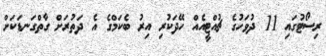
ރިސޯޓުގައި 11 ދުވަހުގެ ޗުއްޓީއެއް ހޭދަކުރި އިރު ބެކަމްގެ އެ ދަތުރަށް ގާތްގަނޑަކަށް